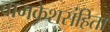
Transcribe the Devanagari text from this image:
वामकेशसंहिता